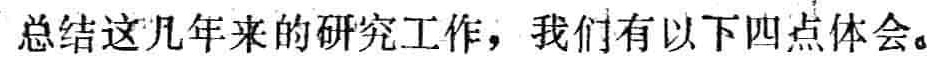
总结这几年来的研究工作，我们有以下四点体会。